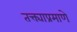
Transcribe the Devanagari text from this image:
तक्त्याप्रमाणे